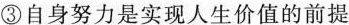
③自身努力是实现人生价值的前提